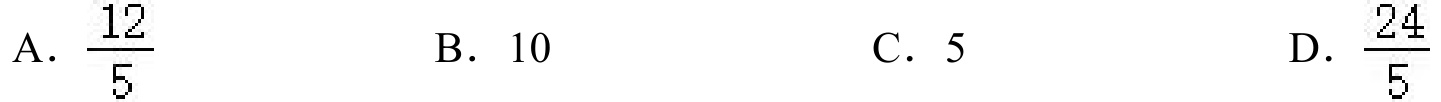
A．$\frac{12}{5}$
B．$10$
C．$5$
D．$\frac{24}{5}$